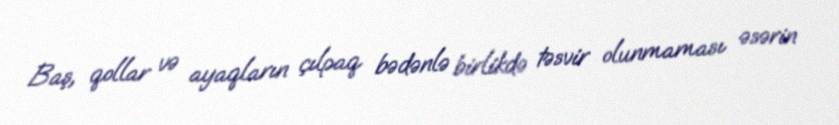
Baş, qollar və ayaqların çılpaq bədənlə birlikdə təsvir olunmaması əsərin